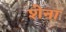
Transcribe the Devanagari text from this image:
शेना